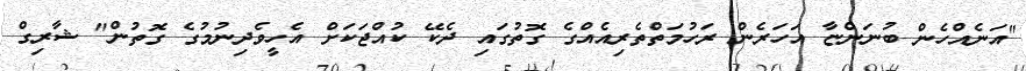
"އަނެއްހެން ބުނަންޏާ އަހަރެން ރަހުމަތްތެރިއެއްގެ ގޮތުގައި ދެކޭ ކުއްޖަކަށް އެހީވެދިނުމުގެ ގޮތުން" ޝާރިގް